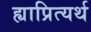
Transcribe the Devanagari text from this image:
ह्याप्रित्यर्थ